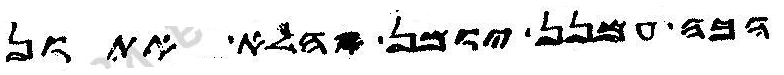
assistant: הכה עמנן יומן הלא אתון